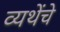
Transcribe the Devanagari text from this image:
व्यथेंचे